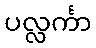
ပလ္လင်္ကာ